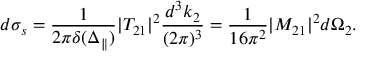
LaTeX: d \sigma _ { s } = \frac { 1 } { 2 \pi \delta ( \Delta _ { \parallel } ) } | T _ { 2 1 } | ^ { 2 } \frac { d ^ { 3 } k _ { 2 } } { ( 2 \pi ) ^ { 3 } } = \frac { 1 } { 1 6 \pi ^ { 2 } } | M _ { 2 1 } | ^ { 2 } d \Omega _ { 2 } .